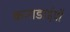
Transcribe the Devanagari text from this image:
कनाडाईयों